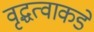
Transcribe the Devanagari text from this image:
वृद्धत्वाकडे